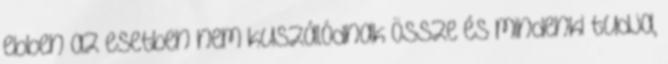
ebben az esetben nem kuszálódnak össze és mindenki tudja,